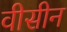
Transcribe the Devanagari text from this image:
वीसीन